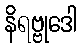
နိရဗ္ဗုဒေါ